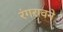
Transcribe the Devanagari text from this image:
रंगरावने